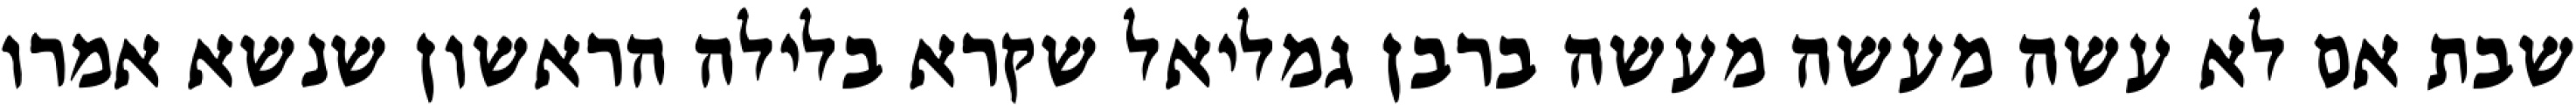
שבת אם לא עשה מעשה מעשה ברבן גמליאל שקרא בלילה הראשון שנשא אמרו